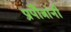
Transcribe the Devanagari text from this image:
प्रपौत्रांनी